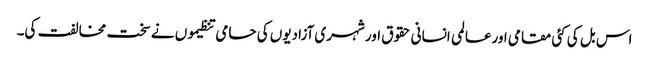
اس بل کی کئی مقامی اورعالمی انسانی حقوق اور شہری آزادیوں کی حامی تنظیموں نے سخت مخالفت کی۔